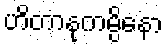
ဟိတာနုကမ္ပိနော